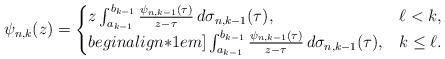
LaTeX: \begin{align*}\psi_{n,k}(z)=\begin{cases}z\int_{a_{k-1}}^{b_{k-1}}\frac{\psi_{n,k-1}(\tau)}{z-\tau}\,d\sigma_{n,k-1}(\tau), & \ell<k,\\begin{align*}1em]\int_{a_{k-1}}^{b_{k-1}}\frac{\psi_{n,k-1}(\tau)}{z-\tau}\,d\sigma_{n,k-1}(\tau), & k\leq \ell.\end{cases}\end{align*}